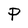
Character: P